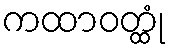
ကထာဝတ္ထုံ